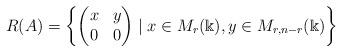
LaTeX: \begin{align*} R(A)=\left\{ \begin{pmatrix} x & y \\ 0 & 0 \end{pmatrix} \mid x\in M_{r}(\Bbbk ), y\in M_{r,n-r}(\Bbbk ) \right \}\end{align*}